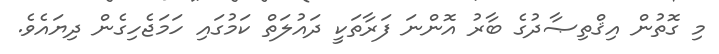
މި ގޮޮތުން އިޤްތިޞާދުގެ ބާރު އޮންނަ ފަރާތަކީ ދައުލަތް ކަމުގައި ހަމަޖެހިގެން ދިޔައެވެ.